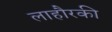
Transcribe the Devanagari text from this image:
लाहौरकी